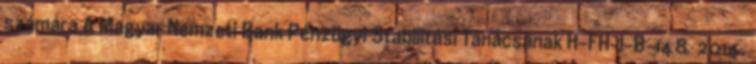
számára A Magyar Nemzeti Bank Pénzügyi Stabilitási Tanácsának H-FH-I-B-148 2014.